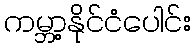
ကမ္ဘာ့နိုင်ငံပေါင်း